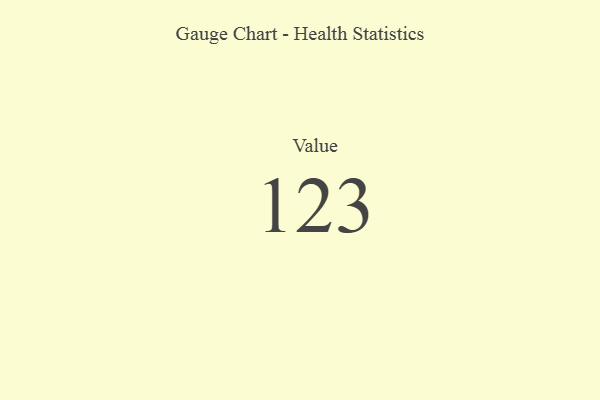
{"axis": {"x": "Metric", "y": "Value"}, "legend": [""], "data": [{"x": "Value", "y": 123, "type": ""}]}